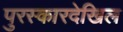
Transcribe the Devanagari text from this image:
पुरस्कारदेखिल